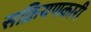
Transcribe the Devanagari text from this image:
सक्रियणकारी